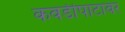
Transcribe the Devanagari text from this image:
कवडीपाटावर